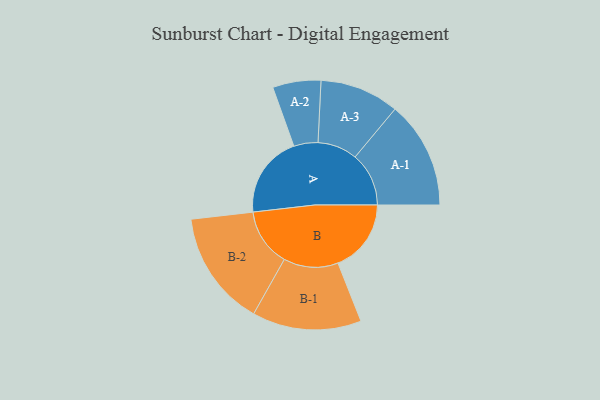
{"axis": {"x": "Segment", "y": "Value"}, "legend": ["", "A", "B"], "data": [{"x": "A", "y": 375, "type": ""}, {"x": "B", "y": 334, "type": ""}, {"x": "A-1", "y": 245, "type": "A"}, {"x": "A-2", "y": 110, "type": "A"}, {"x": "A-3", "y": 181, "type": "A"}, {"x": "B-1", "y": 249, "type": "B"}, {"x": "B-2", "y": 264, "type": "B"}]}